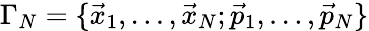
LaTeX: \Gamma_{N}=\{ \vec{x}_{1},\dots,\vec{x}_{N};\vec{p}_{1},\dots,\vec{p}_{N}\}